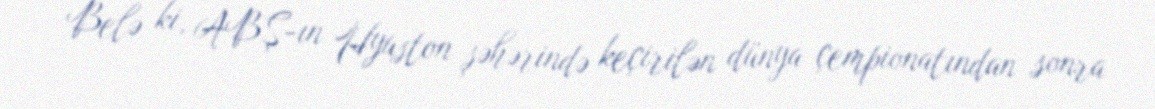
Belə ki, ABŞ-ın Hyuston şəhərində keçirilən dünya çempionatından sonra